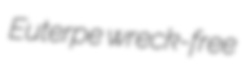
Euterpe wreck-free